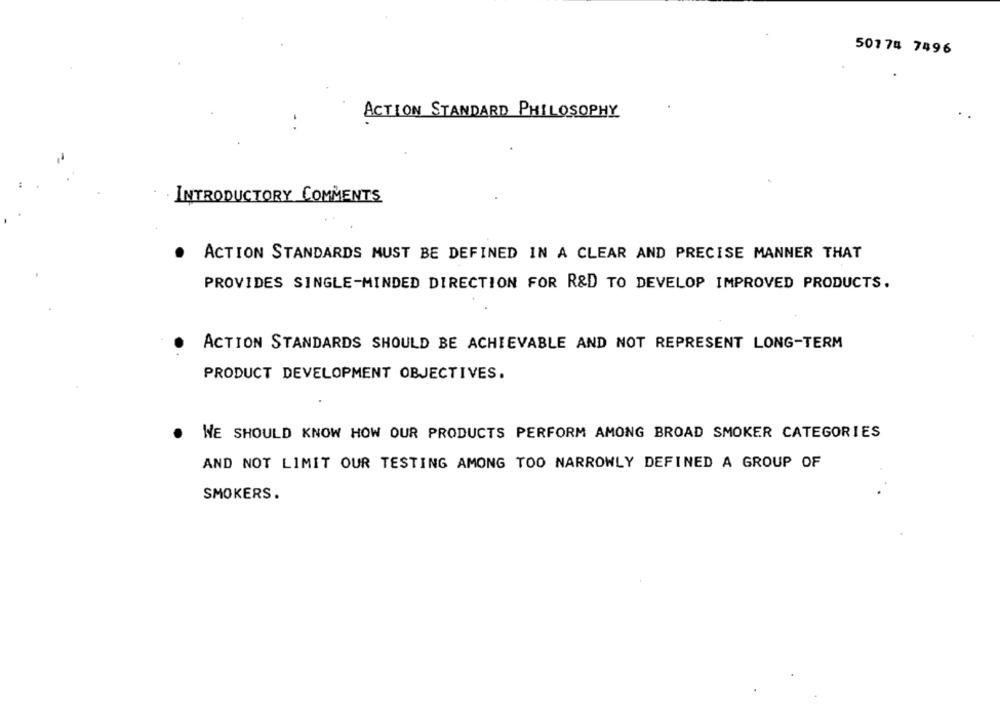
50174 7496
ACTION STANDARD PHILOSOPHY
INTRODUCTORY COMMENTS
ACTION STANDARDS MUST BE DEFINED IN A CLEAR AND PRECISE MANNER THAT
PROVIDES SINGLE-MINDED DIRECTION FOR R&D TO DEVELOP IMPROVED PRODUCTS.
ACTION STANDARDS SHOULD BE ACHIEVABLE AND NOT REPRESENT LONG-TERM
PRODUCT DEVELOPMENT OBJECTIVES.
.
WE SHOULD KNOW HOW OUR PRODUCTS PERFORM AMONG BROAD SMOKER CATEGORIES
AND NOT LIMIT OUR TESTING AMONG TOO NARROWLY DEFINED A GROUP OF
SMOKERS.